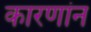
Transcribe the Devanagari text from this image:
कारणांन